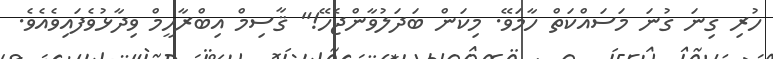
ހުރި ގިނަ ގުނަ މަސައްކަތް ހާމަވޭ. މިކަން ބަދަލުވާންޖެހޭ!" ޤާސިމް އިބްރާހީމް ވިދާޅުވެފައިވެއެވެ.